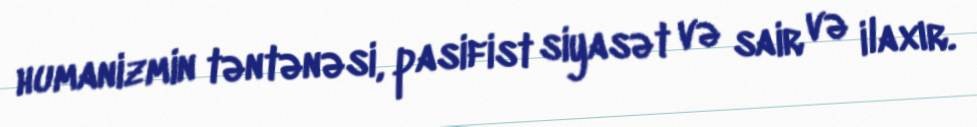
humanizmin təntənəsi, pasifist siyasət və sair və ilaxır.